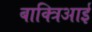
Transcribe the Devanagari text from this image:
बाक्त्रिआई